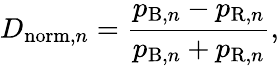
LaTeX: D_{\mathrm{norm},n}=\frac{p_{\mathrm{B},n}-p_{\mathrm{R},n}}{p_{\mathrm{B},n}+p_{\mathrm{R},n}},